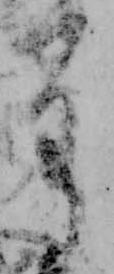
重